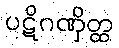
ပဋိဂဏှိတ္ထ